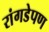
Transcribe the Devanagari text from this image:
रांगडेपण